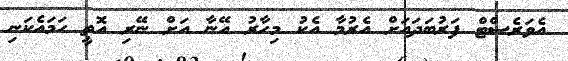
އެވަރެސްޓް ފަރުބަދައަށް އެރުމާ އެކު މިހާރު އޭނާ އަށް ނޭރި އޮތީ ހަމައެކަނި